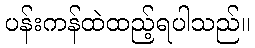
ပန်းကန်ထဲထည့်ရပါသည်။